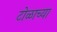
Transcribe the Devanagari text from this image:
टोळाच्या